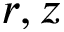
r , z